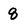
Character: 8